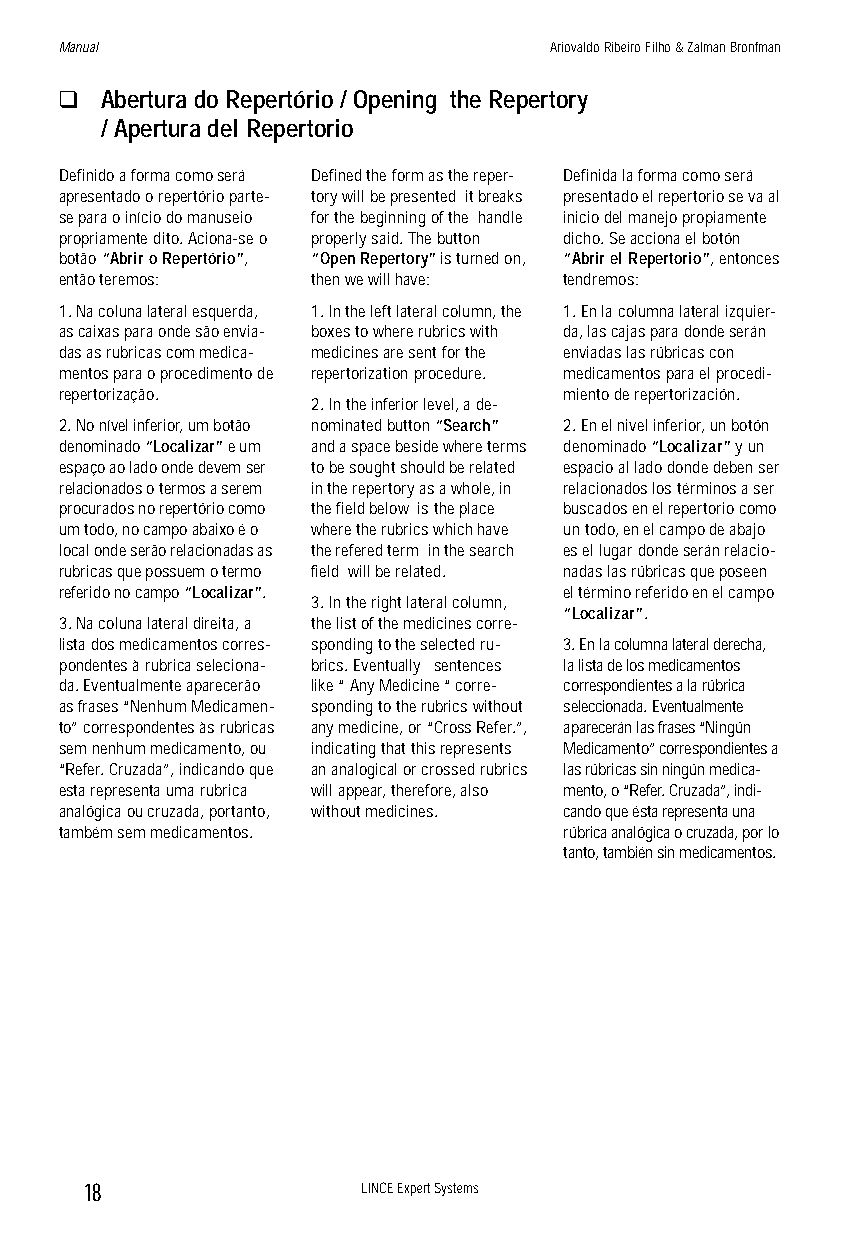
Manual                          Ariovaldo Ribeiro Filho & Zalman Bronfman
 q  Abertura do Repertório / Opening the Repertory
 / Apertura del Repertorio
 Definido a forma como será Defined the form as the reper- Definida la forma como será
 apresentado o repertório parte- tory will be presented it breaks presentado el repertorio se va al
 se para o início do manuseio for the beginning of the handle inicio del manejo propiamente
 propriamente dito. Aciona-se o properly said. The button dicho. Se acciona el botón
 botão “Abrir o Repertório”, “Open Repertory” is turned on, “Abrir el Repertorio”, entonces
 então teremos:   then we will have: tendremos:
 1. Na coluna lateral esquerda, 1. In the left lateral column, the 1. En la columna lateral izquier-
 as caixas para onde são envia- boxes to where rubrics with da, las cajas para donde serán
 das as rubricas com medica- medicines are sent for the enviadas las rúbricas con
 mentos para o procedimento de repertorization procedure. medicamentos para el procedi-
 repertorização.                  miento de repertorización.
 2. In the inferior level, a de-
 2. No nível inferior, um botão nominated button “Search” 2. En el nivel inferior, un botón
 denominado “Localizar” e um and a space beside where terms denominado “Localizar” y un
 espaço ao lado onde devem ser to be sought should be related espacio al lado donde deben ser
 relacionados o termos a serem in the repertory as a whole, in relacionados los términos a ser
 procurados no repertório como the field below is the place buscados en el repertorio como
 um todo, no campo abaixo é o where the rubrics which have un todo, en el campo de abajo
 local onde serão relacionadas as the refered term in the search es el lugar donde serán relacio-
 rubricas que possuem o termo field will be related. nadas las rúbricas que poseen
 referido no campo “Localizar”.   el término referido en el campo
 3. In the right lateral column,
 “Localizar”.
 3. Na coluna lateral direita, a the list of the medicines corre-
 lista dos medicamentos corres- sponding to the selected ru- 3. En la columna lateral derecha,
 pondentes à rubrica seleciona- brics. Eventually sentences la lista de los medicamentos
 da. Eventualmente aparecerão like “ Any Medicine “ corre- correspondientes a la rúbrica
 as frases “Nenhum Medicamen- sponding to the rubrics without seleccionada. Eventualmente
 to” correspondentes às rubricas any medicine, or “Cross Refer.”, aparecerán las frases “Ningún
 sem nenhum medicamento, ou indicating that this represents Medicamento” correspondientes a
 “Refer. Cruzada”, indicando que an analogical or crossed rubrics las rúbricas sin ningún medica-
 esta representa uma rubrica will appear, therefore, also mento, o “Refer. Cruzada”, indi-
 analógica ou cruzada, portanto, without medicines. cando que ésta representa una
 também sem medicamentos.         rúbrica analógica o cruzada, por lo
 tanto, también sin medicamentos.
 18                LINCE Expert Systems